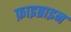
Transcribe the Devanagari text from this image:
फ़ाइब्राइन